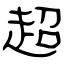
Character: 超